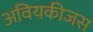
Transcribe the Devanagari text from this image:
अवियकीजस